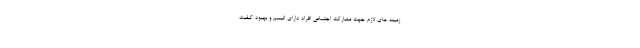
زمینه های لازم جهت مشارکت اجتماعی افراد دارای اتیسم و بهبود کیفیت